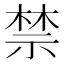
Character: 禁